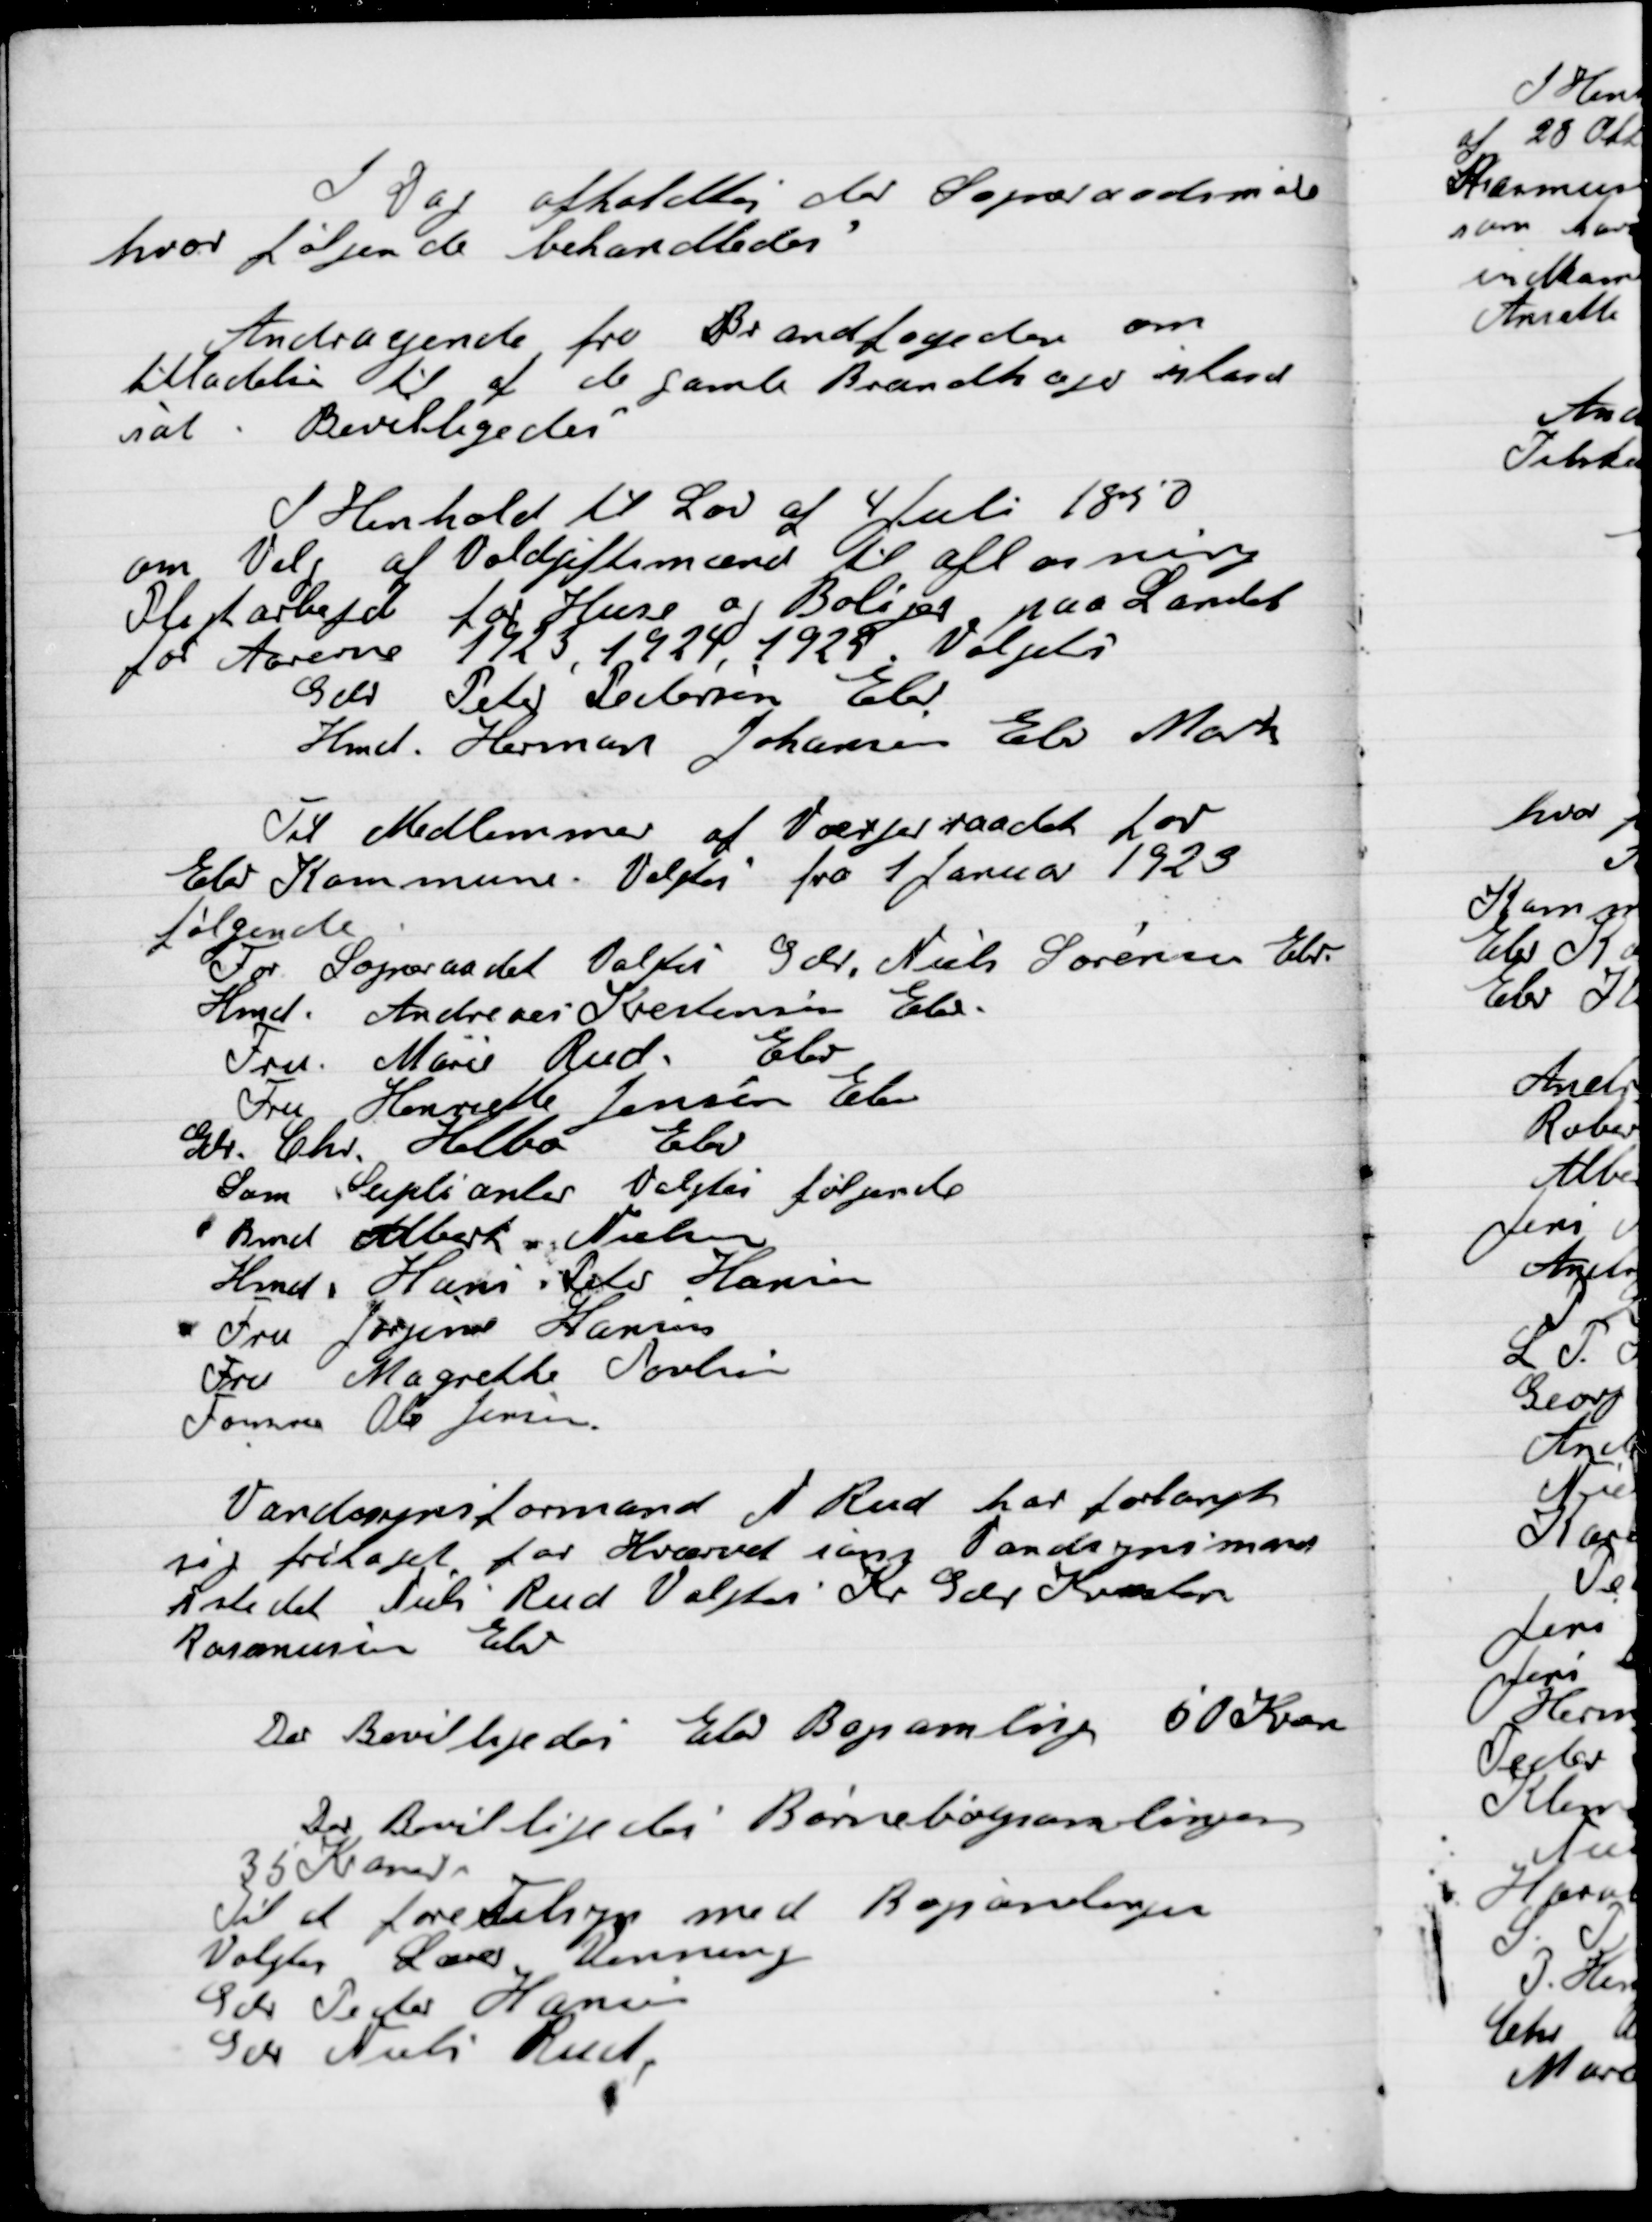
Transskription:
I Dag afholdt Sogneraadet afholdt Møde
hvor følgende Behandledes.

Andragende fra Brandfogeden om
Tilladelse til af de gamle Brandhaner istand
. Bevilgedes.

I Henhold til Lov af 4 juli 1850
om Valg af Voldgiftsmænd til afløsning
Pligtarbejde for huse og Boliger paa Landet
for Aarenes 1923, 1924, 1925. Valgtes
Gdr. Peter Pedersen Elev
Hmd. Herman Johansen Elev Mark

Til Medlemmer af Værgeraadet for
Elev Kommune Valgtes fra 1 Januar 1923
Følgende:
For Sogneraadet Valgtes Gdr. Niels Sørensen Elev
Hmd. Andreas Kristensen elev
Fru Marie Rud Elev
Fru Henriette Jensen Elev
Gdr. Chr. Helbo Elev
Som suppleanter Valgtes følgende
Hmd. Albert Nielsen
Hmd. Hans Peter Hansen
Fru Jørgensen Hansen
Fru Margrethe Poulsen
 Ole Jensen

Vandsynsformand N. Rud har forlangt
sig fritaget for Hvervet som Vandsynsmand
I stedet Niels Rud Valgets Kr Gdr Karsten
Rasmussen Elev.

Der Bevilgedes Elev Bogsamling 50 Kroner
Der Bevilgedes Børnebogsamlingen
35 Kroner
Til at føre Tilsyn med Bogsamlingen
Valgtes Lars Venning
Gdr Peder Hansen
Gdr Niels Rud